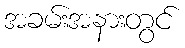
အခမ်းအနားတွင်